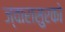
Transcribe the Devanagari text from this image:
ज्वारासुरको